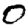
Digit: 0